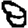
Digit: 8